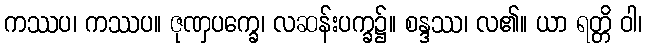
ကဿပ၊ ကဿပ။ ဇုဏှပက္ခေ၊ လဆန်းပက္ခ၌။ စန္ဒဿ၊ လ၏။ ယာ ရတ္တိ ဝါ၊